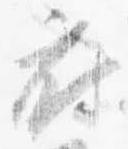
府